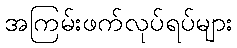
အကြမ်းဖက်လုပ်ရပ်များ